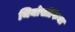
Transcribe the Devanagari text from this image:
थियोसोफिया